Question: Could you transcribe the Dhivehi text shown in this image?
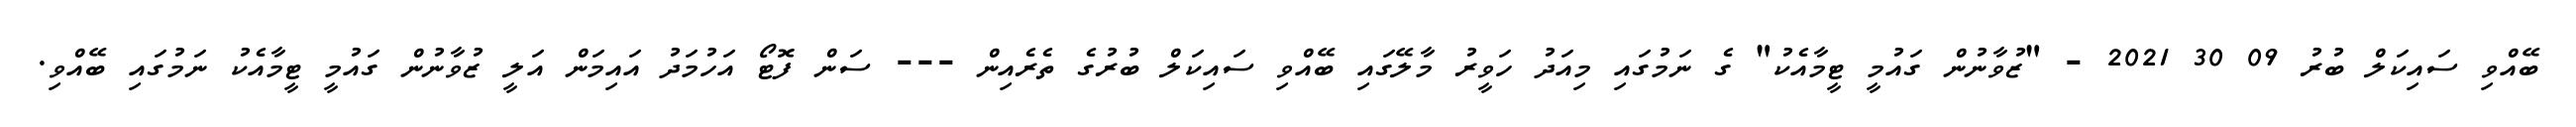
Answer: ބޭއްވި ސައިކަލް ބުރު 09 30 2021 - "ޒުވާނުން ގައުމީ ޓީމާއެކު" ގެ ނަމުގައި މިއަދު ހަވީރު މާލޭގައި ބޭއްވި ސައިކަލް ބުރުގެ ތެރެއިން --- ސަން ފޮޓޯ އަހުމަދު އައިމަން އަލީ ޒުވާނުން ގައުމީ ޓީމާއެކު ނަމުގައި ބޭއްވި.